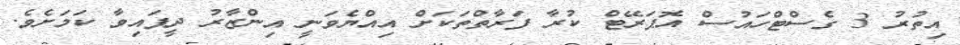
އިތުރު 3 ގެސްޓްހައުސް އޮޕަރޭޓް ކުރާ ފަރާތްތަކަށް އިއްޔެވަނީ އިންޒާރު ދީފައިވާ ކަމަށެވެ.